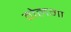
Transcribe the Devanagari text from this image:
वोलगा